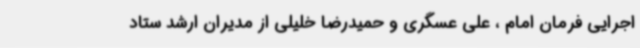
اجرایی فرمان امام ، علی عسگری و حمیدرضا خلیلی از مدیران ارشد ستاد